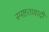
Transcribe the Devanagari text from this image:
स्पष्टतावादी